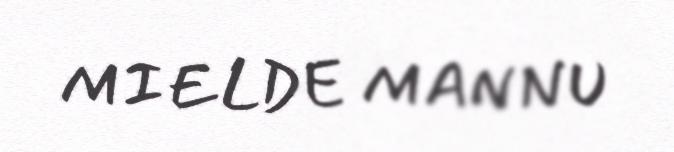
MIELDE MANNU